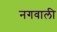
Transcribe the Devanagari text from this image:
नगवाली